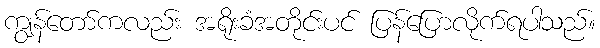
ကျွန်တော်ကလည်း အရိုးခံအတိုင်းပင် ပြန်ပြောလိုက်ရပါသည်။